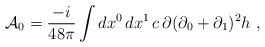
\begin{align*}{\cal A}_0=\frac{-i}{48\pi }\int dx^0\,dx^1\, c\,\partial (\partial_0+\partial _1)^2 h\ ,\end{align*}